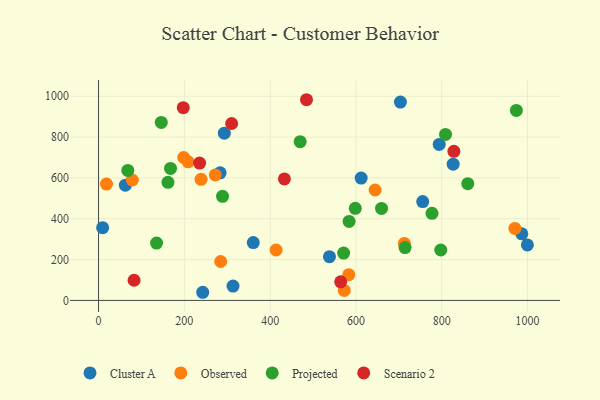
{"axis": {"x": "Investment", "y": "Exam Score"}, "legend": ["Cluster A", "Observed", "Projected", "Scenario 2"], "data": [{"x": "999.5", "y": 272.0, "type": "Cluster A"}, {"x": "293.2", "y": 819.1, "type": "Cluster A"}, {"x": "283.4", "y": 624.9, "type": "Cluster A"}, {"x": "242.8", "y": 39.9, "type": "Cluster A"}, {"x": "703.6", "y": 971.3, "type": "Cluster A"}, {"x": "794.0", "y": 764.2, "type": "Cluster A"}, {"x": "9.5", "y": 356.1, "type": "Cluster A"}, {"x": "612.1", "y": 599.4, "type": "Cluster A"}, {"x": "986.5", "y": 326.0, "type": "Cluster A"}, {"x": "360.6", "y": 283.1, "type": "Cluster A"}, {"x": "62.5", "y": 564.6, "type": "Cluster A"}, {"x": "755.5", "y": 484.0, "type": "Cluster A"}, {"x": "826.5", "y": 667.4, "type": "Cluster A"}, {"x": "313.4", "y": 70.2, "type": "Cluster A"}, {"x": "538.2", "y": 214.4, "type": "Cluster A"}, {"x": "970.4", "y": 352.5, "type": "Observed"}, {"x": "413.8", "y": 247.0, "type": "Observed"}, {"x": "198.4", "y": 700.0, "type": "Observed"}, {"x": "272.1", "y": 614.9, "type": "Observed"}, {"x": "572.7", "y": 49.1, "type": "Observed"}, {"x": "208.7", "y": 678.8, "type": "Observed"}, {"x": "238.9", "y": 593.0, "type": "Observed"}, {"x": "18.5", "y": 570.1, "type": "Observed"}, {"x": "78.7", "y": 589.9, "type": "Observed"}, {"x": "583.2", "y": 125.9, "type": "Observed"}, {"x": "712.8", "y": 279.2, "type": "Observed"}, {"x": "644.7", "y": 540.8, "type": "Observed"}, {"x": "284.6", "y": 190.7, "type": "Observed"}, {"x": "598.4", "y": 450.9, "type": "Projected"}, {"x": "68.2", "y": 636.6, "type": "Projected"}, {"x": "135.2", "y": 281.1, "type": "Projected"}, {"x": "146.2", "y": 872.0, "type": "Projected"}, {"x": "973.8", "y": 930.8, "type": "Projected"}, {"x": "659.6", "y": 450.4, "type": "Projected"}, {"x": "860.6", "y": 571.7, "type": "Projected"}, {"x": "777.2", "y": 426.8, "type": "Projected"}, {"x": "583.9", "y": 386.9, "type": "Projected"}, {"x": "167.8", "y": 646.4, "type": "Projected"}, {"x": "161.8", "y": 578.3, "type": "Projected"}, {"x": "797.6", "y": 246.9, "type": "Projected"}, {"x": "808.7", "y": 812.8, "type": "Projected"}, {"x": "469.9", "y": 777.5, "type": "Projected"}, {"x": "714.4", "y": 259.0, "type": "Projected"}, {"x": "571.2", "y": 232.0, "type": "Projected"}, {"x": "289.0", "y": 509.9, "type": "Projected"}, {"x": "433.2", "y": 595.3, "type": "Scenario 2"}, {"x": "484.7", "y": 983.0, "type": "Scenario 2"}, {"x": "197.4", "y": 944.2, "type": "Scenario 2"}, {"x": "828.2", "y": 730.4, "type": "Scenario 2"}, {"x": "82.8", "y": 98.7, "type": "Scenario 2"}, {"x": "564.4", "y": 91.1, "type": "Scenario 2"}, {"x": "235.5", "y": 672.6, "type": "Scenario 2"}, {"x": "310.2", "y": 866.6, "type": "Scenario 2"}]}